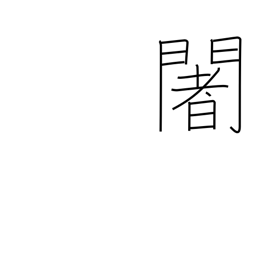
Meaning: used phonetically